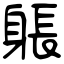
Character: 躼